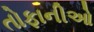
તોફાનીઓ